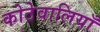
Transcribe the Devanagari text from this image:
कोठेवालियाँ